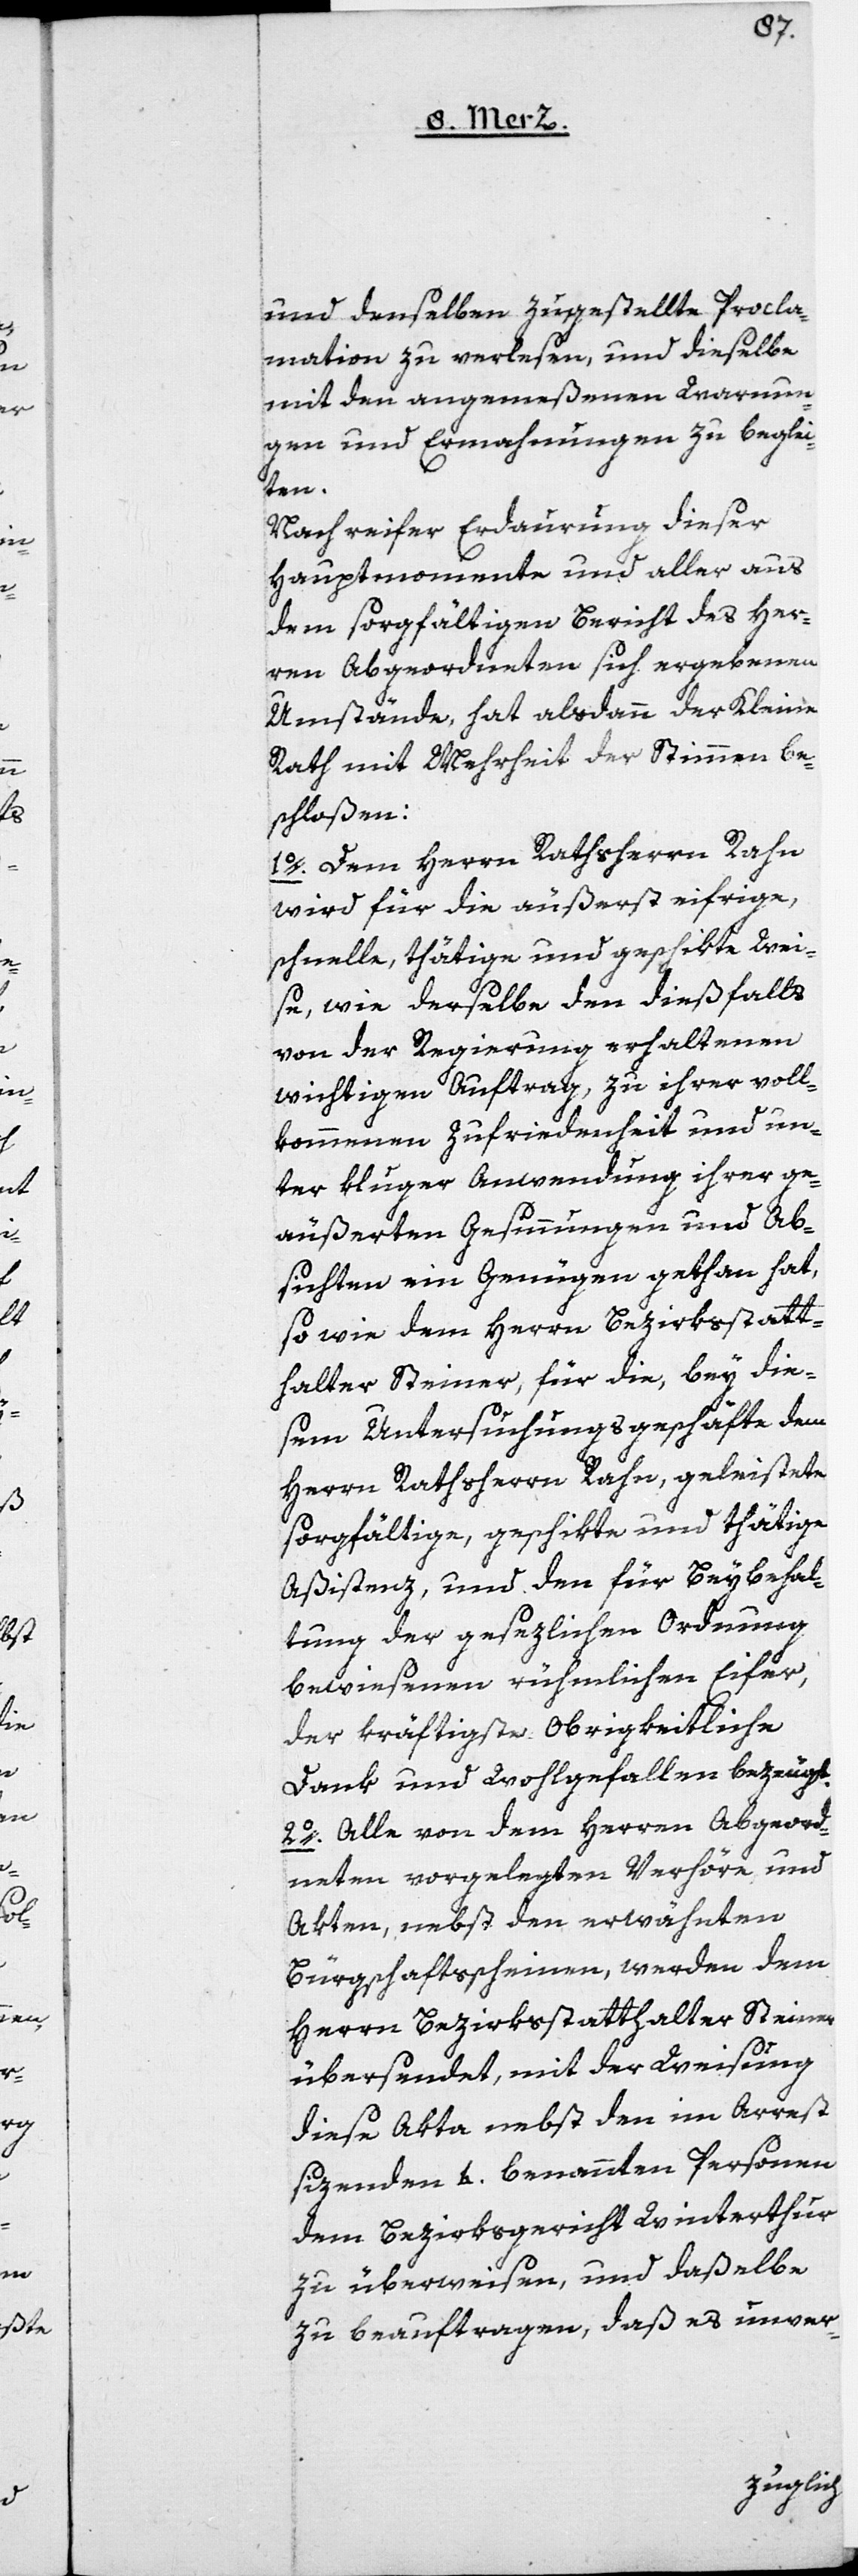
und denselben zugestellte Procla¬
mation zu verlesen, und dieselbe
mit den angemeßenen Warnun¬
gen und Ermahnungen zu beglei¬
ten.
Nach reifer Erdaurung dieser
Hauptmomente und aller aus
dem sorgfältigen Bericht des Her¬
ren Abgeordneten sich ergebenen
Umstände, hat alsdann der Kleine
Rath mit Mehrheit der Stimmen be¬
schloßen:
1o. Dem Herrn Rathsherrn Rahn
wird für die äußerst eifrige,
schnelle, thätige und geschikte Wei¬
se, wie derselbe den dießfalls
von der Regierung erhaltenen
wichtigen Auftrag, zu ihrer voll¬
kommenen Zufriedenheit und un¬
ter kluger Anwendung ihrer ge¬
äußerten Gesinnungen und Ab¬
sichten ein Genügen gethan hat,
so wie dem Herrn Bezirksstatt¬
halter Steiner, für die, bey die¬
sem Untersuchungsgeschäfte dem
Herrn Rathsherr Rahn, geleistete
sorgfältige, geschikte und thätige
Aßistenz, und den für Beybehal¬
tung der gesezlichen Ordnung
bewiesenen rühmlichen Eifer,
der käftigste Obrigkeitliche
Dank und Wohlgefallen bezeugt.
2o. Alle von dem Herrn Abgeord¬
neten vorgelegten Verhöre und
Akten, nebst den erwähnten
Bürgschaftsscheinen, werden dem
Herrn Bezirksstatthalter Steiner
übersendet, mit der Weisung,
diese Akta nebst den im Arrest
sizenden 4. benannten Personen
dem Bezirksgericht Winterthur
zu überweisen, und daßelbe
zu beauftragen, daß es unver-